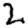
Digit: 2